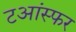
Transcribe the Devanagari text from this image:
टआंस्फर